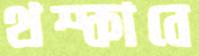
থম্‌কাবে